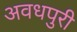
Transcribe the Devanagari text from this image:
अवधपुरी